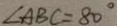
\angle A B C = 8 0 ^ { \circ }